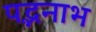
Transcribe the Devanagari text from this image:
पद्भनाभ